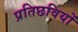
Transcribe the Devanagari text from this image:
प्रतिछवियों